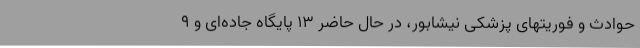
حوادث و فوریتهای پزشکی نیشابور، در حال حاضر 13 پایگاه جاده‌ای و 9